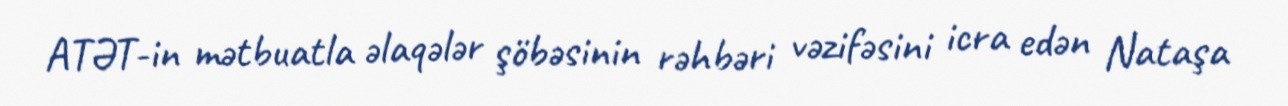
ATƏT-in mətbuatla əlaqələr şöbəsinin rəhbəri vəzifəsini icra edən Nataşa